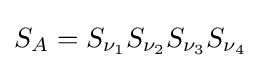
S_{A}=S_{\nu _{1}}S_{\nu _{2}}S_{\nu _{3}}S_{\nu _{4}}